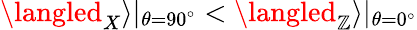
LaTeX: \langled_{X}\rangle|_{\theta=90^{\circ}}<\langled_{\mathbb{Z}}\rangle|_{\theta=0^{\circ}}